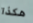
هكذا